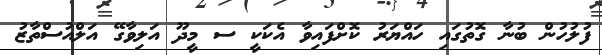
ފުލުހުން ބުނާ ގޮތުގައި ހައްޔަރު ކޮށްފައިވާ އެކަކީ ސ މީދޫ އަލިވާގޭ އަލްއުސްތާޒު